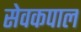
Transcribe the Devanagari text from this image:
सेवकपाल